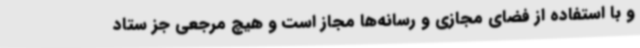
و با استفاده از فضای مجازی و رسانه‌ها مجاز است و هیچ مرجعی جز ستاد